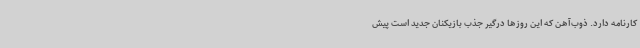
کارنامه دارد. ذوب‌آهن که این روزها درگیر جذب بازیکنان جدید است پیش